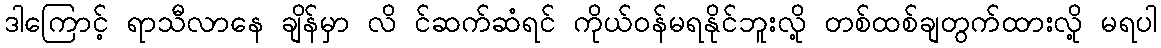
ဒါကြောင့် ရာသီလာနေ ချိန်မှာ လိ င်ဆက်ဆံရင် ကိုယ်ဝန်မရနိုင်ဘူးလို့ တစ်ထစ်ချတွက်ထားလို့ မရပါ